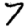
Digit: 7